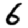
Digit: 6